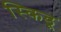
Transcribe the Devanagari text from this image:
स्किडू